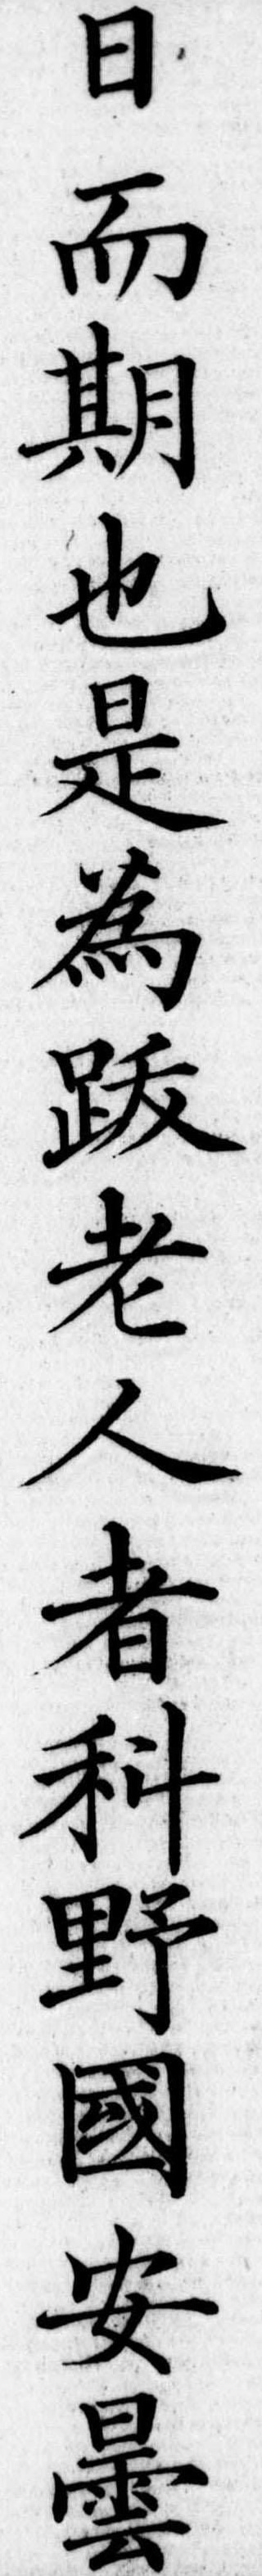
日而期也是為跋老人者科野国安曇